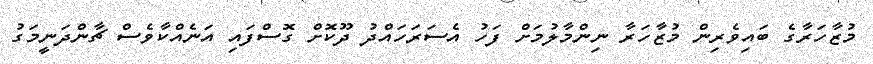
މުޒާހަރާގެ ބައިވެރިން މުޒާހަރާ ނިންމާލުމަށް ފަހު އެސަރަހައްދު ދޫކޮށް ގޮސްފައި އަނެއްކާވެސް ޗާންދަނީމަގު